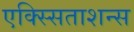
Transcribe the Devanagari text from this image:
एक्स्सिताशन्स